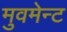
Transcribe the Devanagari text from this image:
मुवमेन्ट